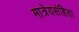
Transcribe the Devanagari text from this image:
मात्रेयसंहिता